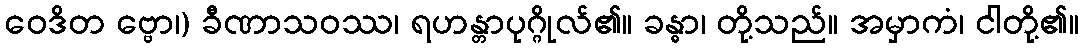
ဝေဒိတ ဗ္ဗော၊) ခီဏာသဝဿ၊ ရဟန္တာပုဂ္ဂိုလ်၏။ ခန္ဓာ၊ တို့သည်။ အမှာကံ၊ ငါတို့၏။